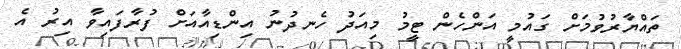
ތައްޔާރުވުމަށް ގައުމީ އަންހެން ޓީމު މިއަދު ހެނދުނު އިންޑިއާއަށް ފުރާފައިވާ އިރު އެ